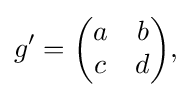
\displaystyle {g^{\prime }={\begin{pmatrix}a&b\\c&d\end{pmatrix}},}